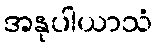
အနုပါယာသံ